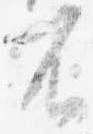
不